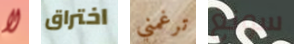
لا اختراق ترغمني سونغ